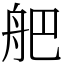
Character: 舥